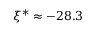
\xi ^ { * } \approx - 2 8 . 3